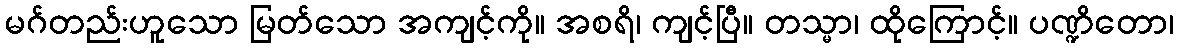
မဂ်တည်းဟူသော မြတ်သော အကျင့်ကို။ အစရိ၊ ကျင့်ပြီ။ တသ္မာ၊ ထိုကြောင့်။ ပဏ္ဍိတော၊